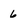
Character: 6